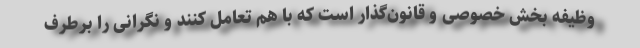
وظیفه بخش خصوصی و قانون‌گذار است که با هم تعامل کنند و نگرانی را برطرف